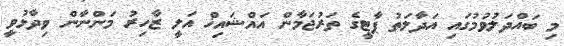
މި ބައްދަލުވުމުގައި އަދާލަތު ޕާޓީގެ ތަރުޖަމާން އައްޝައިޚް އަލީ ޒާހިރު މަންނާން ވިދާޅުވީ